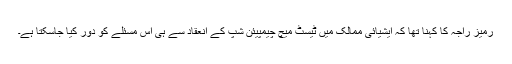
رمیز راجہ کا کہنا تھا کہ ایشیائی ممالک میں ٹیسٹ میچ چیمپیئن شپ کے انعقاد سے ہی اس مسئلے کو دور کیا جاسکتا ہے۔